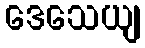
ဒေသေယျ